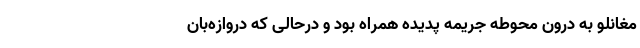
مغانلو به درون محوطه جریمه پدیده همراه بود و درحالی که دروازه‌بان